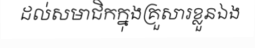
ដល់សមាជិកក្នុងគ្រួសារខ្លួនឯង